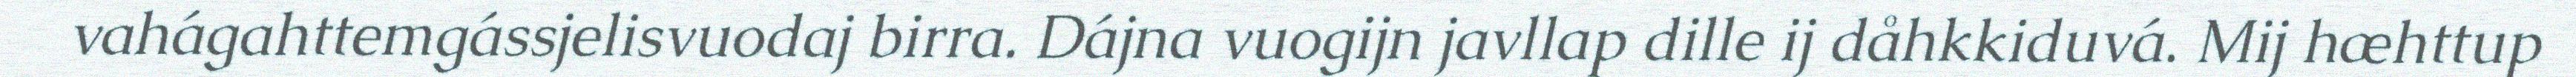
vahágahttemgássjelisvuodaj birra. Dájna vuogijn javllap dille ij dåhkkiduvá. Mij hæhttup